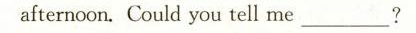
afternoon.Could you tell me\underline?